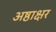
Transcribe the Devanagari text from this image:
अष्ठाक्षर